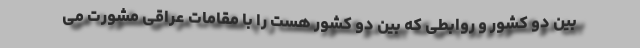
بین دو کشور و روابطی که بین دو کشور هست را با مقامات عراقی مشورت می